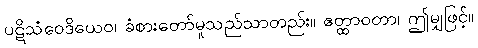
ပဋိသံဝေဒိယေဝ၊ ခံစားတော်မူသည်သာတည်း။ ဧတ္ထာဝတာ၊ ဤမျှဖြင့်။